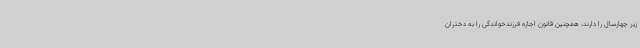
زیر چهارسال را دارند، همچنین قانون اجازه فرزندخواندگی را به دختران